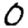
Digit: 0